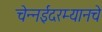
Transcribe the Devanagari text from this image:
चेन्नईदरम्यानचे